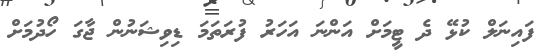
ފައިނަލް ކުޅޭ ދެ ޓީމަށް އަންނަ އަހަރު ފުރަތަމަ ޑިވިޝަނުން ޖާގަ ހޯދުމަށް